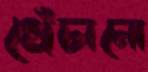
খেঁচানো